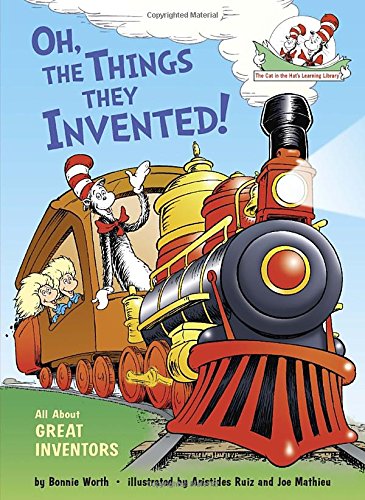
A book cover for Oh, the Things They Invented!: All About Great Inventors (Cat in the Hat's Learning Library); Bonnie Worth; Children's Books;